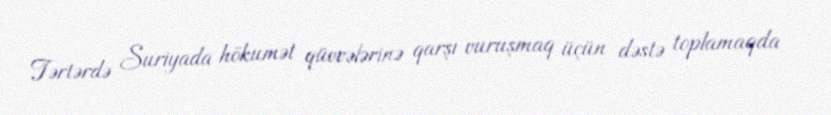
Tərtərdə Suriyada hökumət qüvvələrinə qarşı vuruşmaq üçün dəstə toplamaqda